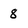
Character: 8